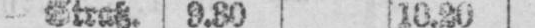
- Straßb. 9.30 10.20